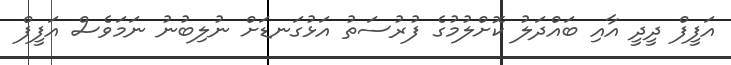
އަފީފް ދީދީ އާއި ބައްދަލު ކޮށްލުމުގެ ފުރުސަތު އަޅުގަނޑަށް ނުލިބުނު ނަމަވެސް އަފީފް